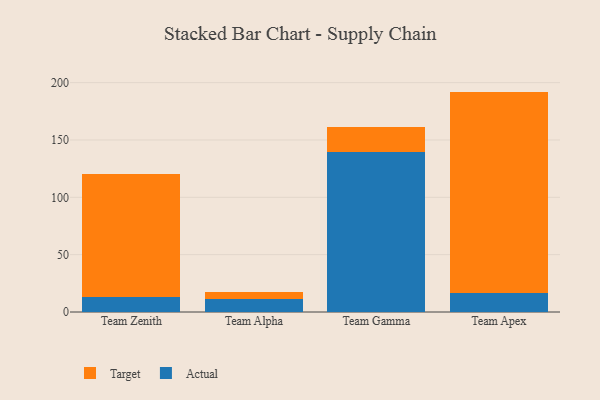
{"axis": {"x": "Team", "y": "Gross Profit (USD K)"}, "legend": ["Actual", "Target"], "data": [{"x": "Team Zenith", "y": 12.9, "type": "Actual"}, {"x": "Team Zenith", "y": 107.1, "type": "Target"}, {"x": "Team Alpha", "y": 11.1, "type": "Actual"}, {"x": "Team Alpha", "y": 6.2, "type": "Target"}, {"x": "Team Gamma", "y": 139.2, "type": "Actual"}, {"x": "Team Gamma", "y": 22.4, "type": "Target"}, {"x": "Team Apex", "y": 16.9, "type": "Actual"}, {"x": "Team Apex", "y": 175.3, "type": "Target"}]}